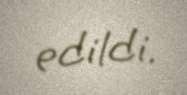
edildi.